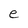
Character: e